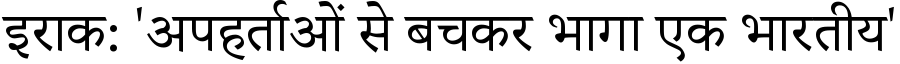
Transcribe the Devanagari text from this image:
इराक: 'अपहर्ताओं से बचकर भागा एक भारतीय'